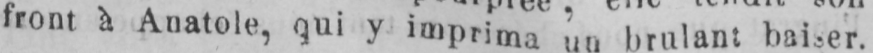
front à Anatole, qui y imprima un brulant baiser.